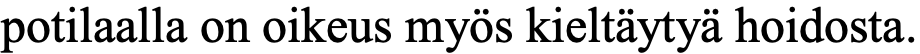
potilaalla on oikeus myös kieltäytyä hoidosta.